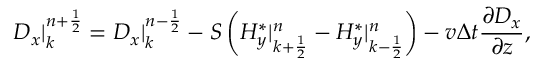
D _ { x } | _ { k } ^ { n + \frac { 1 } { 2 } } = D _ { x } | _ { k } ^ { n - \frac { 1 } { 2 } } - S \left( H _ { y } ^ { * } | _ { k + \frac { 1 } { 2 } } ^ { n } - H _ { y } ^ { * } | _ { k - \frac { 1 } { 2 } } ^ { n } \right) - v \Delta t \frac { \partial D _ { x } } { \partial z } ,